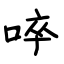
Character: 啐